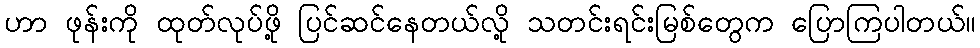
ဟာ ဖုန်းကို ထုတ်လုပ်ဖို့ ပြင်ဆင်နေတယ်လို့ သတင်းရင်းမြစ်တွေက ပြောကြပါတယ်။